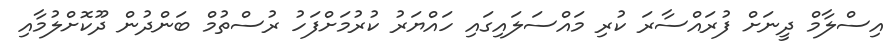
އިސްލާމް ދީނަށް ފުރައްސާރަ ކުރި މައްސަލައިގައި ހައްޔަރު ކުރުމަށްފަހު ރުސްތުމް ބަންދުން ދޫކޮށްލުމާއި